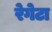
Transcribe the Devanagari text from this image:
रेगेटा